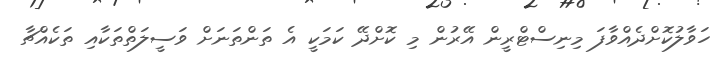
ހަވާލުކޮށްދެއްވާފަ މިނިސްޓްރީން އޭރުން މި ކޮށްދޭ ކަމަކީ އެ ތަންތަނަށް ވަސީލަތްތަކާއި ތަކެއްޗާ